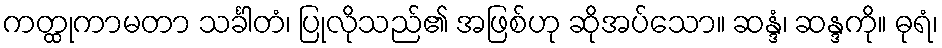
ကတ္ထုကာမတာ သင်္ခါတံ၊ ပြုလိုသည်၏ အဖြစ်ဟု ဆိုအပ်သော။ ဆန္ဒံ၊ ဆန္ဒကို။ ဓုရံ၊